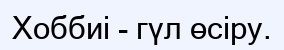
Хоббиі - гүл өсіру.